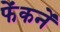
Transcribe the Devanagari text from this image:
फेंकनें